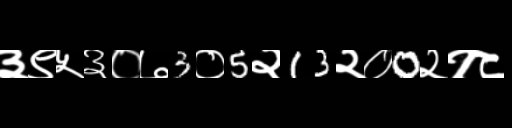
Text: ३९५३०७3०5२13२०0२१८